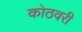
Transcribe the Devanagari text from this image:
कोठवरी